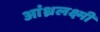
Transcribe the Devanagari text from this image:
आंध्रलक्ष्मी